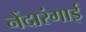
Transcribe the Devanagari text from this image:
नेंदारंगाई